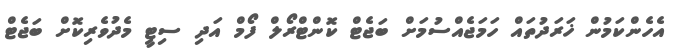
އެހެންކަމުން ޚަރަދުތައް ހަމަޖެއްސުމަށް ބަޖެޓް ކޮންޓްރޯލް ފޯމް އަދި ސިޓީ މެދުވެރިކޮށް ބަޖެޓް